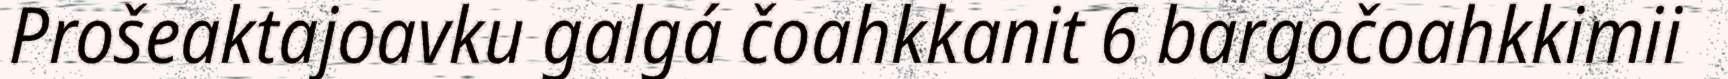
Prošeaktajoavku galgá čoahkkanit 6 bargočoahkkimii